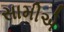
સામીએ